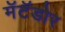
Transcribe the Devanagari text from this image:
मॅटॅडोर